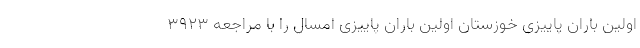
اولین باران پاییزی خوزستان اولین باران پاییزی امسال را با مراجعه ۳۹۲۳